Annual report of the Imperial Bacteriological Laboratory, Muktesar
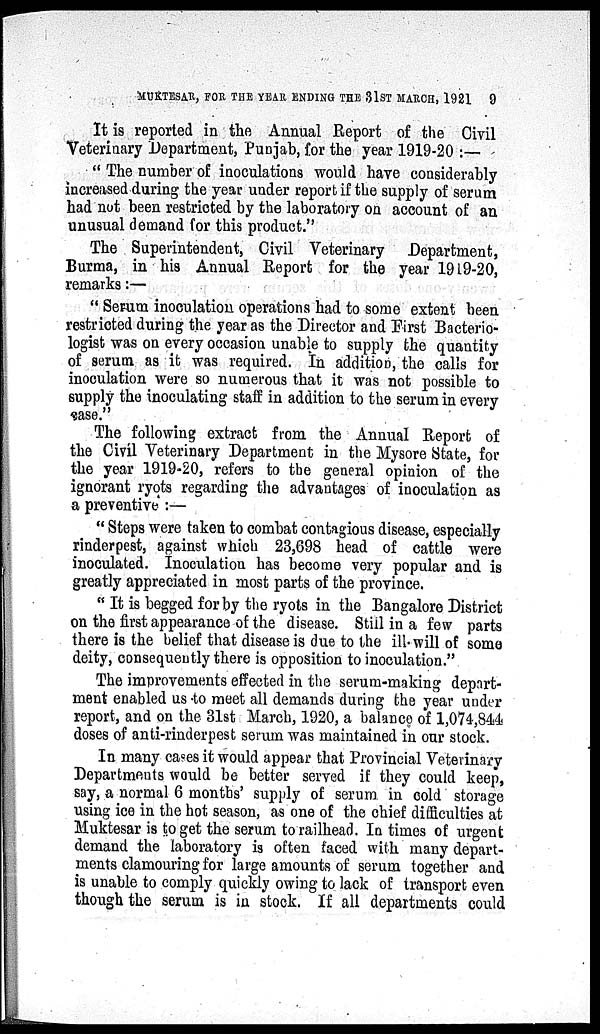
MUKTESAR, FOR THE YEAR ENDING THE 31ST MARCH, 1921
9
It is reported in the Annual Report of the Civil
Veterinary Department, Punjab, for the year 1919-20 :—
" The number of inoculations would have considerably
increased during the year under report if the supply of serum
had not been restricted by the laboratory on account of an
unusual demand for this product."
The Superintendent, Civil Veterinary Department,
Burma, in his Annual Report for the year 1919-20,
remarks :—
" Serum inoculation operations had to some extent been
restricted during the year as the Director and First Bacterio-
logist was on every occasion unable to supply the quantity
of serum as it was required. In addition, the calls for
inoculation were so numerous that it was not possible to
supply the inoculating staff in addition to the serum in every
case."
The following extract from the Annual Report of
the Civil Veterinary Department in the Mysore State, for
the year 1919-20, refers to the general opinion of the
ignorant ryots regarding the advantages of inoculation as
a preventive :—
" Steps were taken to combat contagious disease, especially
rinderpest, against which 23,698 head of cattle were
inoculated. Inoculation has become very popular and is
greatly appreciated in most parts of the province.
" It is begged for by the ryots in the Bangalore District
on the first appearance of the disease. Still in a few parts
there is the belief that disease is due to the ill- will of some
deity, consequently there is opposition to inoculation."
The improvements effected in the serum-making depart-
ment enabled us to meet all demands during the year under
report, and on the 31st March, 1920, a balance of 1,074,844
doses of anti-rinderpest serum was maintained in our stock.
In many cases it would appear that Provincial Veterinary
Departments would be better served if they could keep,
say, a normal 6 months' supply of serum in cold storage
using ice in the hot season, as one of the chief difficulties at
Muktesar is to get the serum to railhead. In times of urgent
demand the laboratory is often faced with many depart-
ments clamouring for large amounts of serum together and
is unable to comply quickly owing to lack of transport even
though the serum is in stock. If all departments could